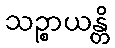
သဉ္စာယန္တိ